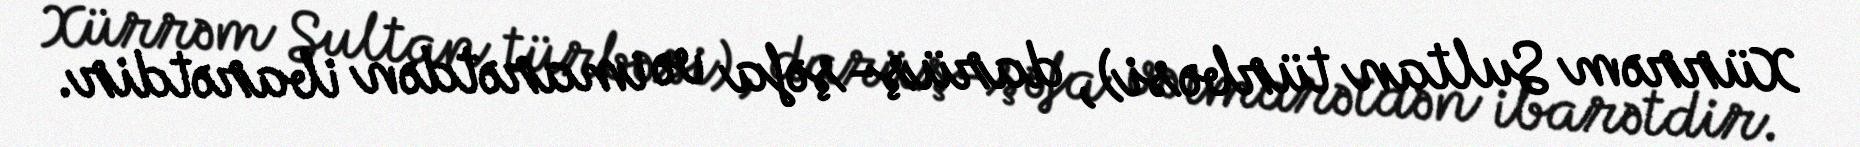
Xürrəm Sultan türbəsi), darüş-şəfa və imarətdən ibarətdir.